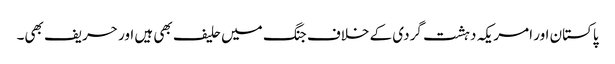
پاکستان اور امریکہ دہشت گردی کے خلاف جنگ میں حلیف بھی ہیں اور حریف بھی۔